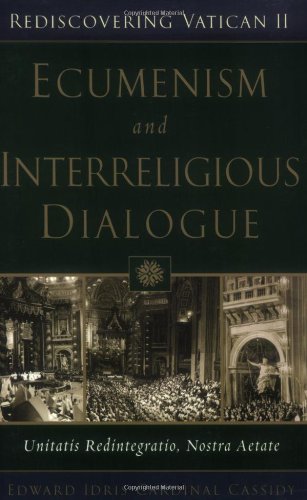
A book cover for Ecumenism and Interreligious Dialogue: Unitatis Redintegratio, Nostra Aetate (Rediscovering Vatican II); Edward Idris Cardinal Cassidy; Christian Books & Bibles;